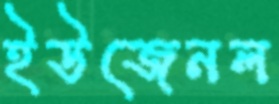
ইউজেনল